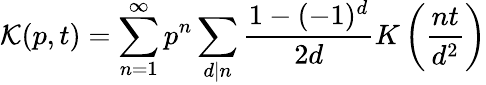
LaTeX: \mathcal{K}(p,t)=\sum_{n=1}^{\infty}p^{n}\sum_{d|n}\frac{1-(-1)^{d}}{2d}K\left(\frac{nt}{d^{2}}\right)